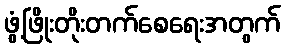
ဖွံ့ဖြိုးတိုးတက်စေရေးအတွက်